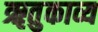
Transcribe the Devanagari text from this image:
ॠतुकाव्य